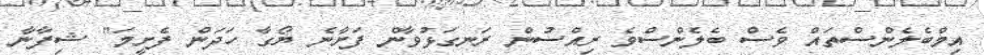
އިމްބެލެންސްތައް ވެސް ބެލެންސްވެ ރިއްސުން ރަނގަޅުވާން ފަށާނެ ޔޯގާ ހަދަން ފެށީމަ" ޝިފާނާ